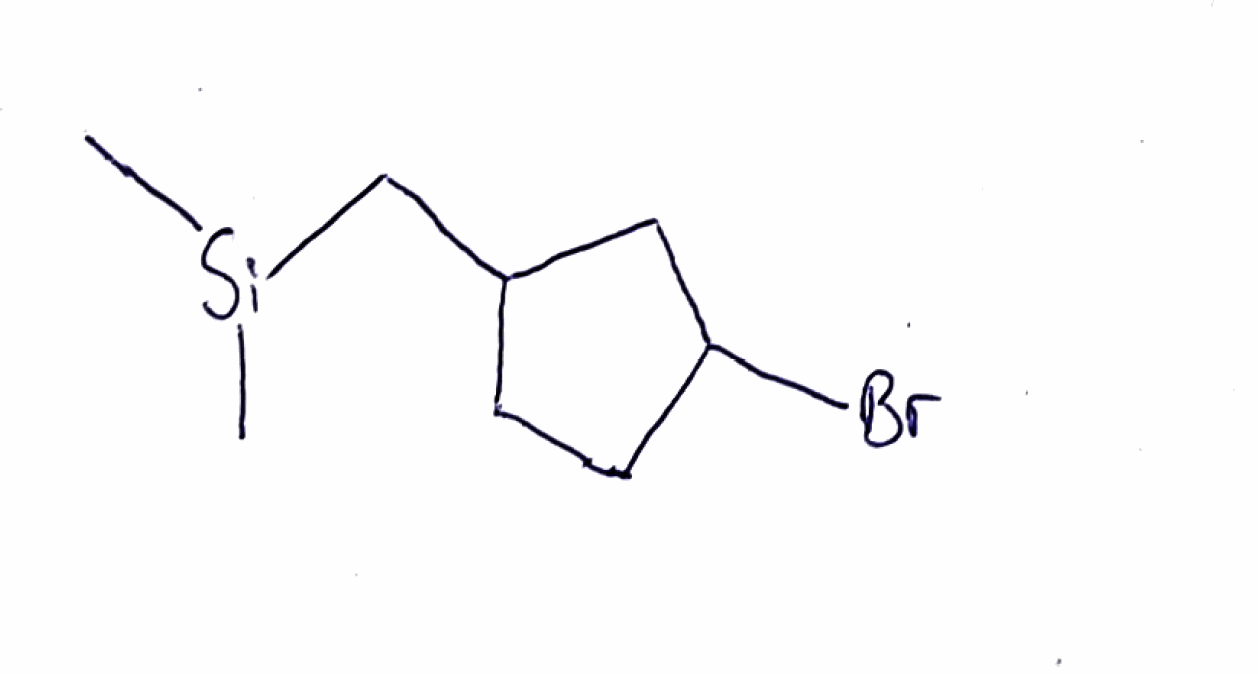
Simplified molecular-input line-entry system (SMILES) notation of the given molecule:
C[Si](C)CC1CCC(C1)Br